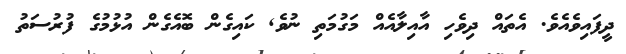
ދީފައިވެއެވެ. އެތައް ދިވެހި އާއިލާއެއް މަގުމަތި ނުވެ